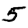
Digit: 5